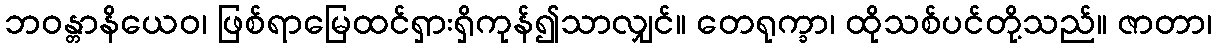
ဘဝန္တာနိယေဝ၊ ဖြစ်ရာမြေထင်ရှားရှိကုန်၍သာလျှင်။ တေရုက္ခာ၊ ထိုသစ်ပင်တို့သည်။ ဇာတာ၊